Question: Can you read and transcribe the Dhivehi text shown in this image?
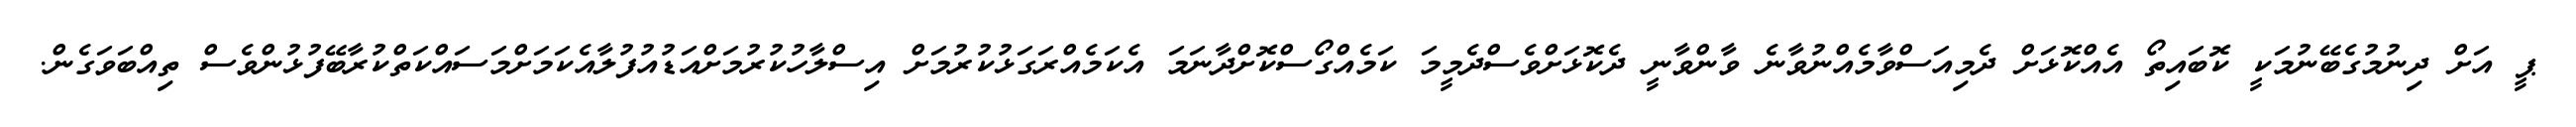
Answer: ޕީ އަށް ދިނުމުގެބޭނުމަކީ ކޮބައިތޯ އެއްކޮޅަށް ދެމިއަސްވާމެއްނުވާނެ ވާންވާނީ ދެކޮޅަށްވެސްދެމީމަ ކަމެއްގޯސްކޮށްދާނަމަ އެކަމެއްރަގަޅުކުރުމަށް އިސްލާހުކުރުމަށްއަޑުއުފުލާއެކަމަށްމަސައްކަތްކުރާބޭފުޅުންވެސް ތިއްބަވަގެން.